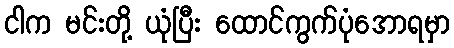
ငါက မင်းတို့ ယုံပြီး ထောင်ကွက်ပုံအောရမှာ